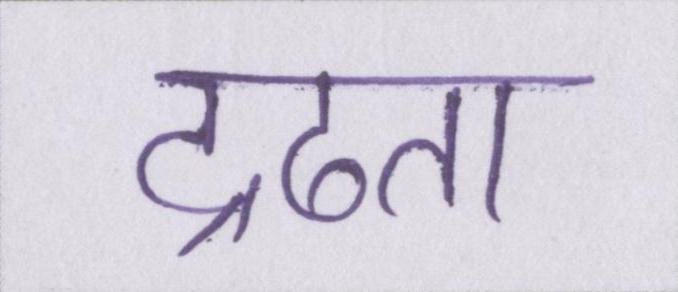
द्रढता